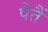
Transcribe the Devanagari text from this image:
पेतैं